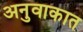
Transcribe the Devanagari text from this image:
अनुवाकात